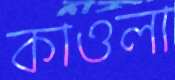
কাওলা